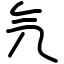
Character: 氕